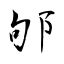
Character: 邭